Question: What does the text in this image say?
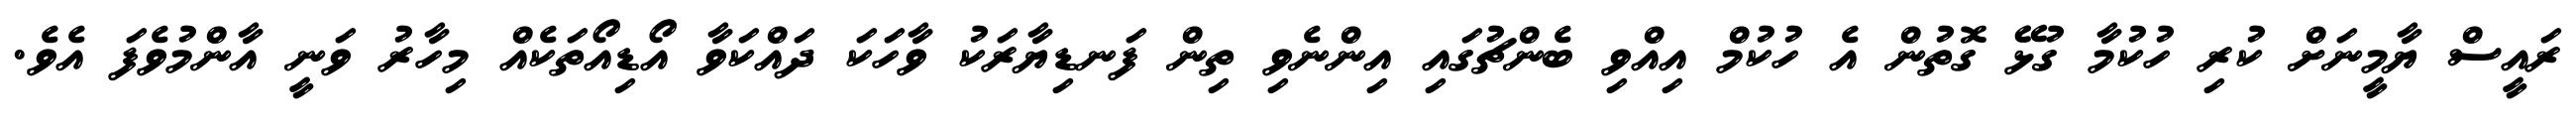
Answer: ރައީސް ޔާމީނަށް ކުރި ހުކުމާ ގުޅޭ ގޮތުން އެ ހުކުމް އިއްވި ބެންޗުގައި އިންނެވި ތިން ފަނޑިޔާރަކު ވާހަކަ ދައްކަވާ އޯޑިއޯތަކެއް މިހާރު ވަނީ އާންމުވެފަ އެވެ.